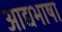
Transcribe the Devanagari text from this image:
आद्यभाषा